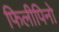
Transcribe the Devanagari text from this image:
फिलीपिनो